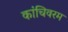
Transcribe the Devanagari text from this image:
कांचिवरम